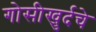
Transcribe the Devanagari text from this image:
गोसीखुर्दचे